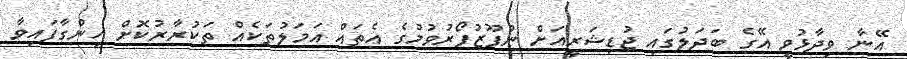
އޭނާ ވިދާޅުވީ އޭގެ ބަދަލުގައި ޖުޑިޝަރީއަށް ނުފޫޒުފޯރުވުމުގެ އެތައް އަމަލުތަކެއް ތަކުރާރުކޮށް ހިންގާފައިވާ